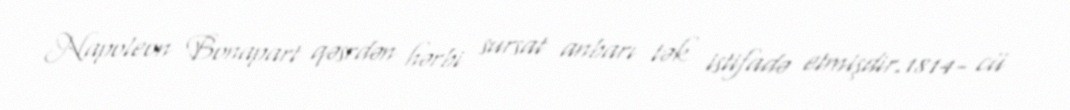
Napoleon Bonapart qəsrdən hərbi sursat anbarı tək istifadə etmişdir.1814- cü